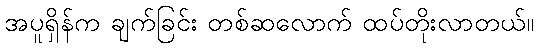
အပူရှိန်က ချက်ခြင်း တစ်ဆလောက် ထပ်တိုးလာတယ်။